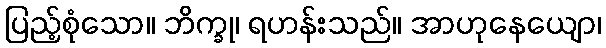
ပြည့်စုံသော။ ဘိက္ခု၊ ရဟန်းသည်။ အာဟုနေယျော၊